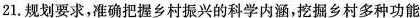
21.规划要求，准确把握乡村振兴的科学内涵，挖掘乡村多种功能